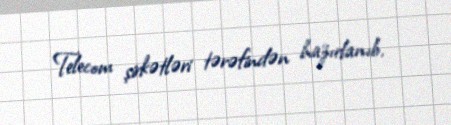
Telecom şirkətləri tərəfindən hazırlanıb.